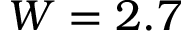
W = 2 . 7